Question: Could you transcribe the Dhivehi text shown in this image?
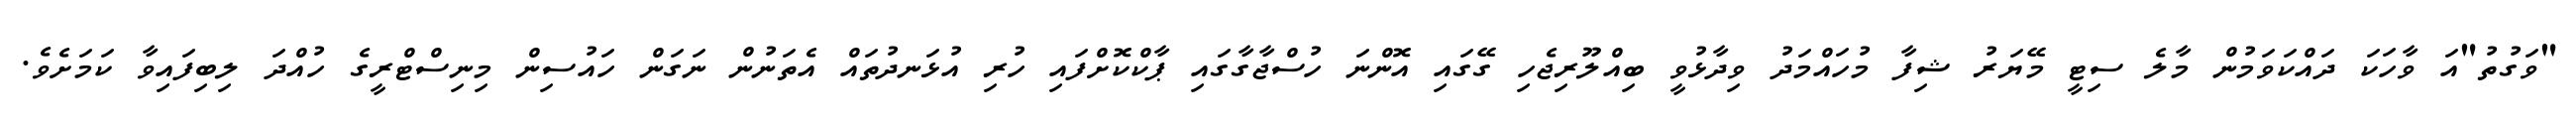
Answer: "ވަގުތު"އަ ވާހަކަ ދައްކަވަމުން މާލެ ސިޓީ މޭޔަރު ޝިފާ މުހައްމަދު ވިދާޅުވީ ބިއްލޫރިޖެހި ގޭގައި އޮންނަ ހުސްޖާގާގައި ޕާކްކޮށްފައި ހުރި އުޅަނދުތައް އެތަނުން ނަގަން ހައުސިން މިނިސްޓްރީގެ ހުއްދަ ލިބިފައިވާ ކަމަށެވެ.